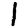
Digit: 1